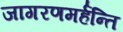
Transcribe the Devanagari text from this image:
जागरणमर्हन्ति